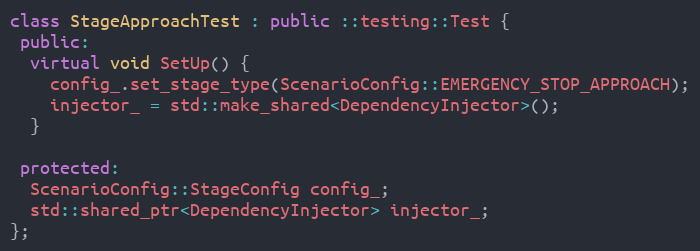
Language: C++
class StageApproachTest : public ::testing::Test {
 public:
  virtual void SetUp() {
    config_.set_stage_type(ScenarioConfig::EMERGENCY_STOP_APPROACH);
    injector_ = std::make_shared<DependencyInjector>();
  }

 protected:
  ScenarioConfig::StageConfig config_;
  std::shared_ptr<DependencyInjector> injector_;
};